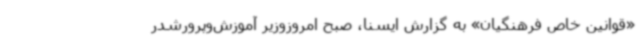
«قوانین خاص فرهنگیان» به گزارش ایسنا، صبح امروزوزیر آموزش‌وپرورشدر